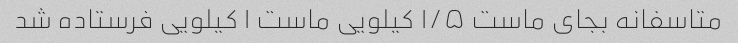
متاسفانه بجای ماست ۱/۵ کیلویی ماست ۱ کیلویی فرستاده شد